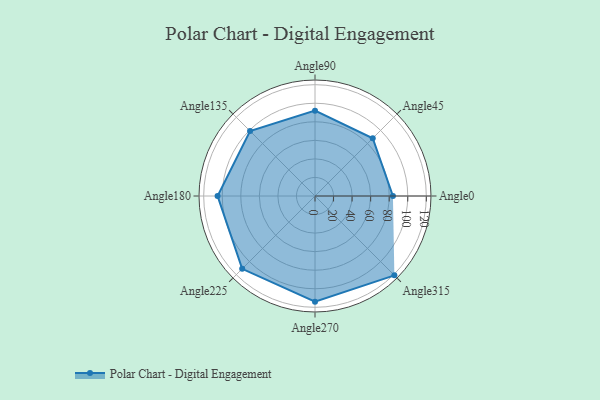
{"axis": {"x": "Angle", "y": "Radius"}, "legend": [""], "data": [{"x": "Angle0", "y": 84.0, "type": ""}, {"x": "Angle45", "y": 88.0, "type": ""}, {"x": "Angle90", "y": 92.0, "type": ""}, {"x": "Angle135", "y": 99.0, "type": ""}, {"x": "Angle180", "y": 105.0, "type": ""}, {"x": "Angle225", "y": 111.0, "type": ""}, {"x": "Angle270", "y": 114.0, "type": ""}, {"x": "Angle315", "y": 121.0, "type": ""}]}